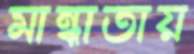
মান্ধাতায়